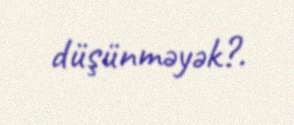
düşünməyək?.